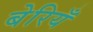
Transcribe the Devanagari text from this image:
बेरियँ